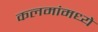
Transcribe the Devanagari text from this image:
कलमांमध्ये